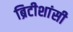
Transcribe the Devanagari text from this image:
ब्रिटीशांसी